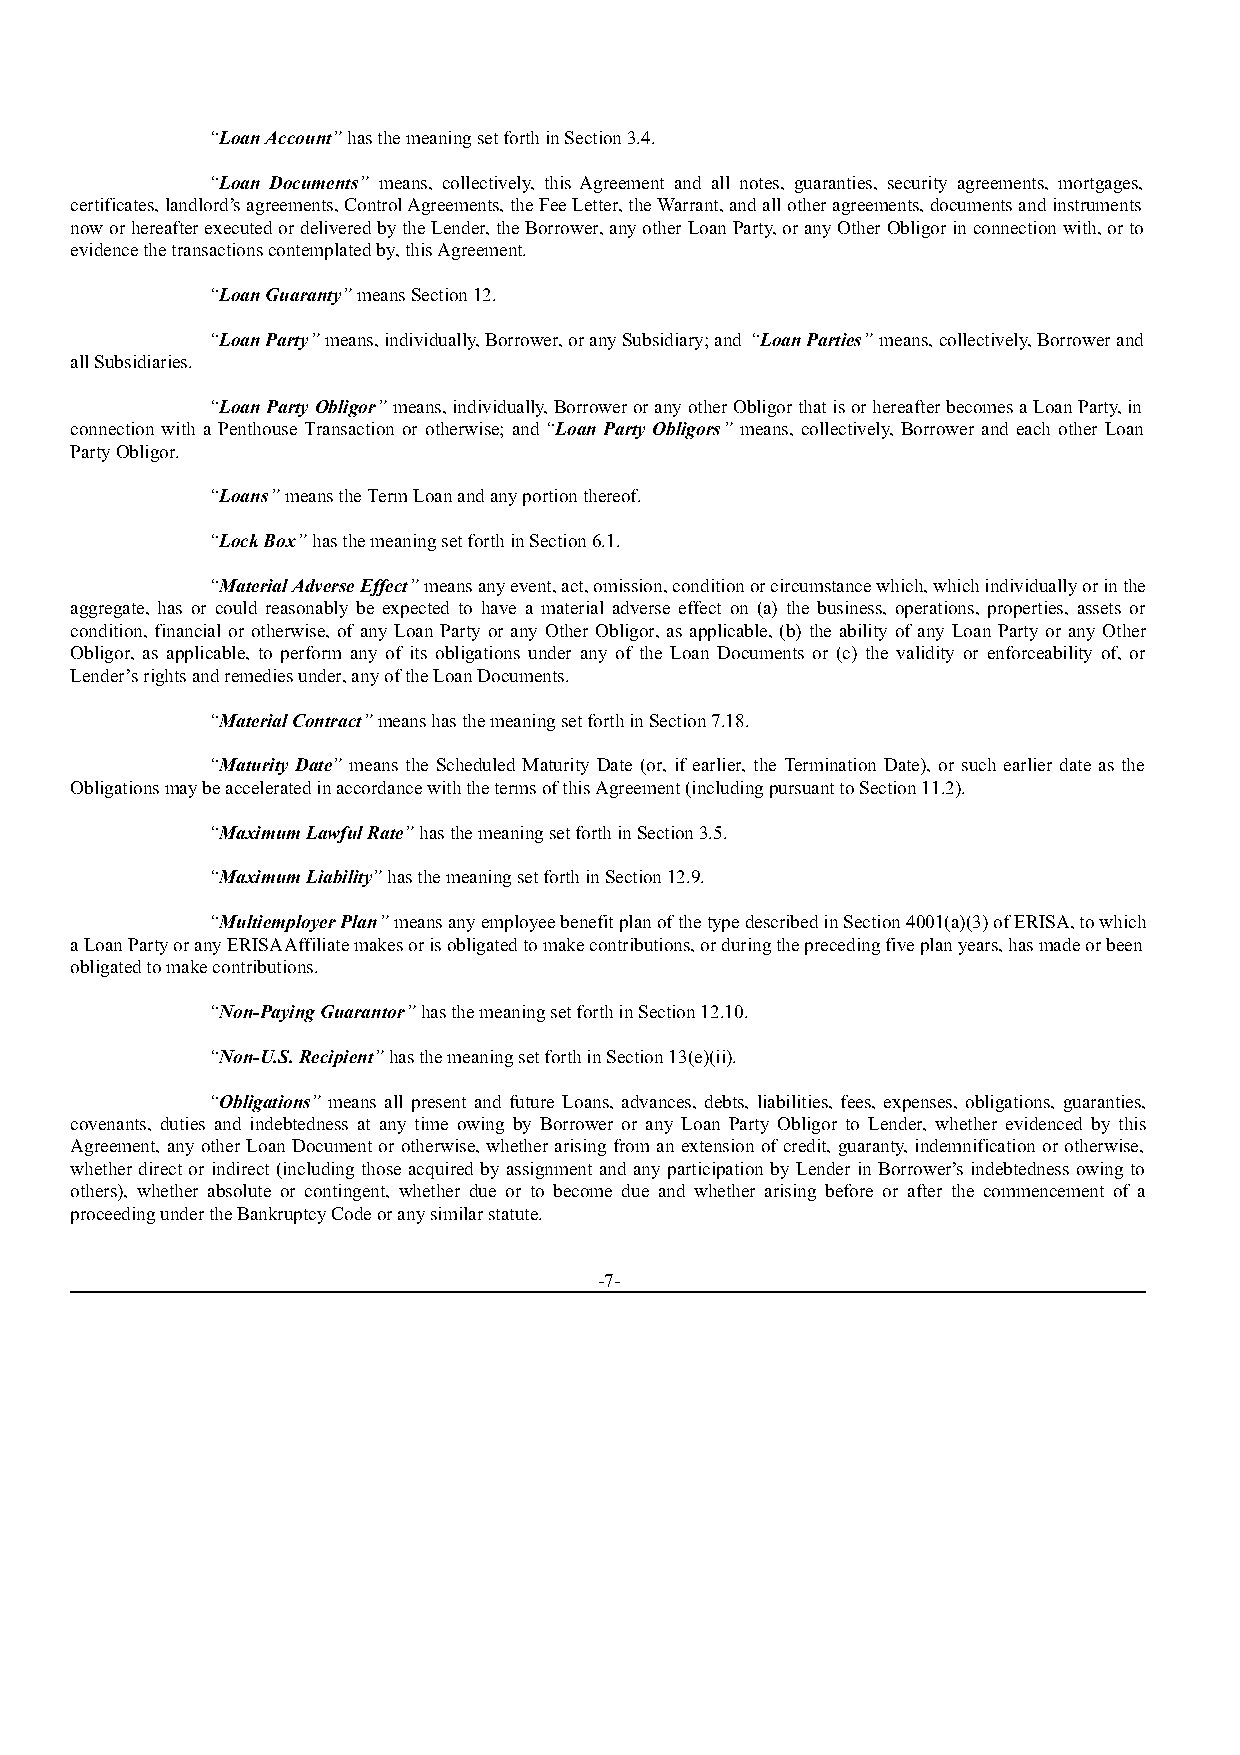
“Loan Account” has the meaning set forth in Section 3.4.
 “Loan Documents” means, collectively, this Agreement and all notes, guaranties, security agreements, mortgages,
 certificates, landlord’s agreements, Control Agreements, the Fee Letter, the Warrant, and all other agreements, documents and instruments
 now or hereafter executed or delivered by the Lender, the Borrower, any other Loan Party, or any Other Obligor in connection with, or to
 evidence the transactions contemplated by, this Agreement.
 “Loan Guaranty” means Section 12.
 “Loan Party” means, individually, Borrower, or any Subsidiary; and “Loan Parties” means, collectively, Borrower and
 all Subsidiaries.
 “Loan Party Obligor” means, individually, Borrower or any other Obligor that is or hereafter becomes a Loan Party, in
 connection with a Penthouse Transaction or otherwise; and “Loan Party Obligors” means, collectively, Borrower and each other Loan
 Party Obligor.
 “Loans” means the Term Loan and any portion thereof.
 “Lock Box” has the meaning set forth in Section 6.1.
 “Material Adverse Effect” means any event, act, omission, condition or circumstance which, which individually or in the
 aggregate, has or could reasonably be expected to have a material adverse effect on (a) the business, operations, properties, assets or
 condition, financial or otherwise, of any Loan Party or any Other Obligor, as applicable, (b) the ability of any Loan Party or any Other
 Obligor, as applicable, to perform any of its obligations under any of the Loan Documents or (c) the validity or enforceability of, or
 Lender’s rights and remedies under, any of the Loan Documents.
 “Material Contract” means has the meaning set forth in Section 7.18.
 “Maturity Date” means the Scheduled Maturity Date (or, if earlier, the Termination Date), or such earlier date as the
 Obligations may be accelerated in accordance with the terms of this Agreement (including pursuant to Section 11.2).
 “Maximum Lawful Rate” has the meaning set forth in Section 3.5.
 “Maximum Liability” has the meaning set forth in Section 12.9.
 “Multiemployer Plan” means any employee benefit plan of the type described in Section 4001(a)(3) of ERISA, to which
 a Loan Party or any ERISA Affiliate makes or is obligated to make contributions, or during the preceding five plan years, has made or been
 obligated to make contributions.
 “Non-Paying Guarantor” has the meaning set forth in Section 12.10.
 “Non-U.S. Recipient” has the meaning set forth in Section 13(e)(ii).
 “Obligations” means all present and future Loans, advances, debts, liabilities, fees, expenses, obligations, guaranties,
 covenants, duties and indebtedness at any time owing by Borrower or any Loan Party Obligor to Lender, whether evidenced by this
 Agreement, any other Loan Document or otherwise, whether arising from an extension of credit, guaranty, indemnification or otherwise,
 whether direct or indirect (including those acquired by assignment and any participation by Lender in Borrower’s indebtedness owing to
 others), whether absolute or contingent, whether due or to become due and whether arising before or after the commencement of a
 proceeding under the Bankruptcy Code or any similar statute.
 -7-